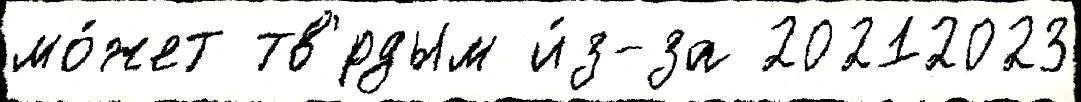
мо́жет тв'́рдым и́з-за 20212023